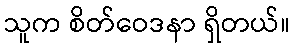
သူက စိတ်ဝေဒနာ ရှိတယ်။